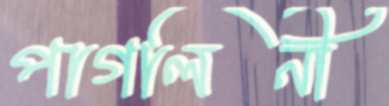
পাগলিনী